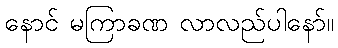
နောင် မကြာခဏ လာလည်ပါနော်။